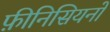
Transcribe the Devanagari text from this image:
फ़ीनिसियनों